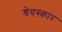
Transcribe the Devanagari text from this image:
श्रेयस्कार